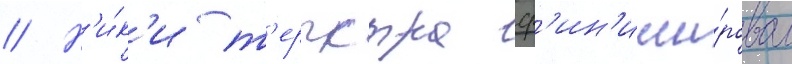
// Н'и́к'и т'ерпстра ф'ин'иши́ровал